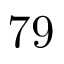
7 9